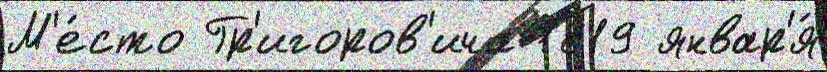
М'е́сто Гр'игоров'ича 1819 январ'я́